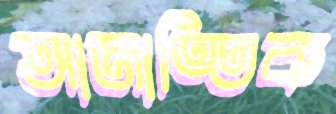
আজাত্তিক